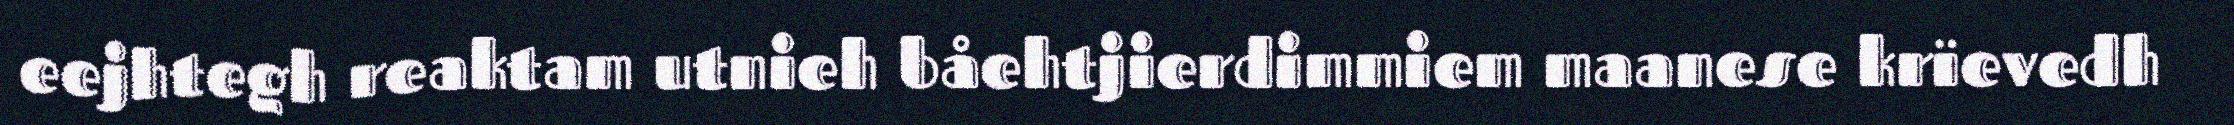
eejhtegh reaktam utnieh båehtjierdimmiem maanese krïevedh